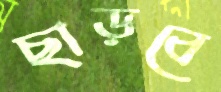
ছাড়বে